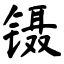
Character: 镊